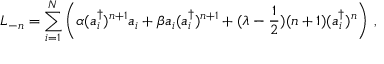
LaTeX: L _ { - n } = \sum _ { i = 1 } ^ { N } \left( \alpha ( a _ { i } ^ { \dagger } ) ^ { n + 1 } a _ { i } + \beta a _ { i } ( a _ { i } ^ { \dagger } ) ^ { n + 1 } + ( \lambda - { \frac { 1 } { 2 } } ) ( n + 1 ) ( a _ { i } ^ { \dagger } ) ^ { n } \right) \, ,